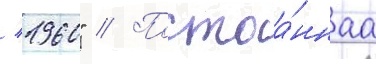
/ 1960" // Постоа́ннаа